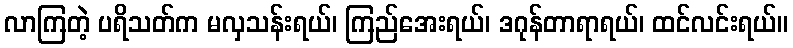
လာကြတဲ့ ပရိသတ်က မလှသန်းရယ်၊ ကြည်အေးရယ်၊ ဒဂုန်တာရာရယ်၊ ထင်လင်းရယ်။